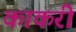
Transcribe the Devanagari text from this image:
काकरी